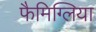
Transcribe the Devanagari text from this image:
फैमिग्लिया